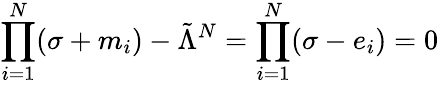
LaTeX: \prod_{i=1}^{N}(\sigma+m_{i})-\tilde{\Lambda}^{N}=\prod_{i=1}^{N}(\sigma-e_{i})=0